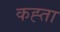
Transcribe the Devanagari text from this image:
कह्ता